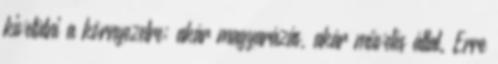
kivetülni a környezetre; akár magyarázás, akár művelés által. Erre